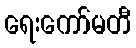
ရေးကော်မတီ